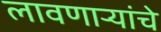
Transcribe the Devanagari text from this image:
लावणाऱ्यांचे